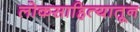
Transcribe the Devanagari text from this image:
लोकसाहित्यातून